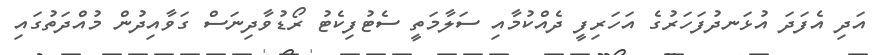
އަދި އެފަދަ އުޅަނދުފަހަރުގެ އަހަރިފީ ދެއްކުމާއި ސަލާމަތީ ސެޓުފިކެޓު ރޯޑުވާދިނަސް ގަވާއިދުން މުއްދަތުގައި